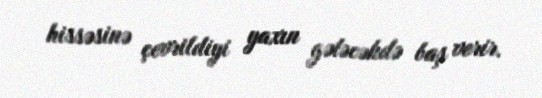
hissəsinə çevrildiyi yaxın gələcəkdə baş verir.